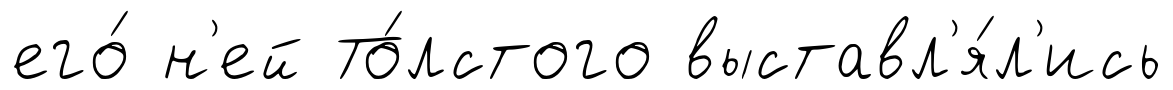
его́ н'ей То́лстого выставл'я́л'ись